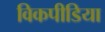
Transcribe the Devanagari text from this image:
विकपीडिया